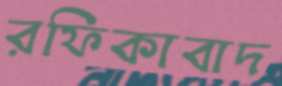
রফিকাবাদ